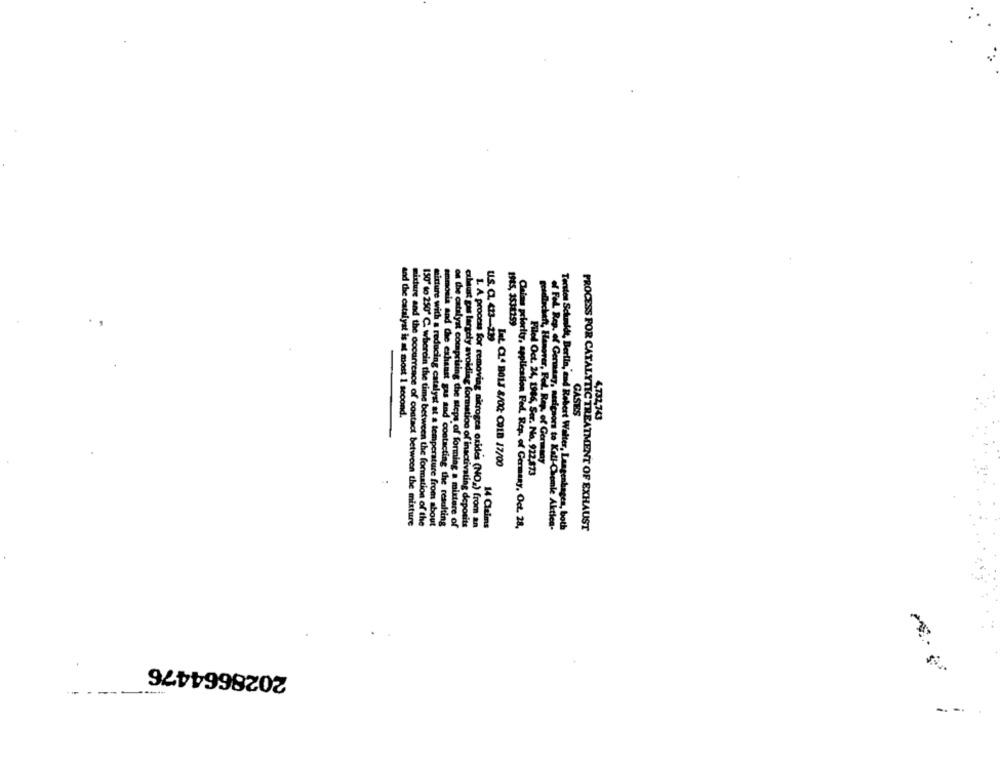
1985, 3531259
u.s. a. 43-199
and the catalyst is at most 1 second.
GASES
4,732,743
Lat CL. BOLE 8/00: COLB 17/00
goudllacheft, Hanover, Fel, Rep, of Germany
Filed Oct. 24, 1986, Ser. No. 922,873
mixture and the occurrence of contact between the mixture
150" to 250" C. wherein the time between the formation of the
mitture with a reducing catalyst at a temperature from about
emmosis and Che exhaust gas and contacting the resulting
of the catalyst comprising the steps of forming a mixture of
cubaust gas largely avoiding formation of inactivating deposits
1. A process for removing nitrogen oxides (NO.) from an
14 Claims
Claims priority, application Fed, Rep. of Germany, Oct. 28,
of Fel Rep. of Germany, nedigaors to Kali-Chemie Aktiea-
Tecsten Schmidt, Berlin, and Robert Walter, Langenhagen, both
PROCESS FOR CATALYTIC TREATMENT OF EXHAUST
2028664476
-